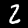
Label: 2